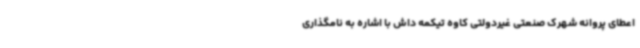
اعطای پروانه شهرک صنعتی غیردولتی کاوه تیکمه داش با اشاره به نامگذاری